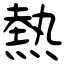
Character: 熱